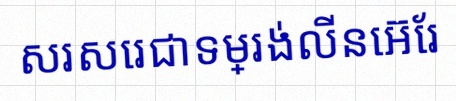
សរសេរជាទម្រង់លីនេអ៊ែរ